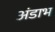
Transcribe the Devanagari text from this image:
अंडाभ